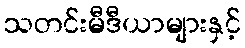
သတင်းမီဒီယာများနှင့်